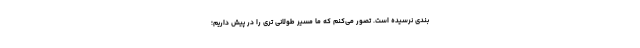
بندی نرسیده است. تصور می‌کنم که ما مسیر طولانی تری را در پیش داریم؛